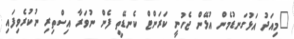
"މިއަދު އަޅުގަނޑުމެން އުޅޭން ޖެހުނީ ކަރަންޓް ކެނޑޭތީ ފެން ނުވަރާ އިސްތިރި ނުކުރެވިފައި